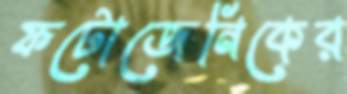
ফটোজেনিকের